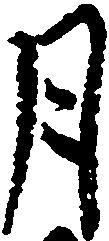
月